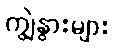
ကျွဲနွားများ